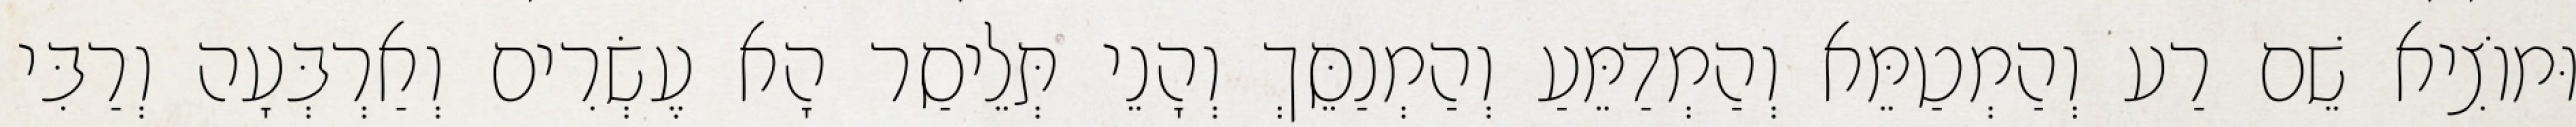
וּמוֹצִיא שֵׁם רַע וְהַמְטַמֵּא וְהַמְדַמֵּעַ וְהַמְנַסֵּךְ וְהָנֵי תְּלֵיסַר הָא עֶשְׂרִים וְאַרְבְּעָה וְרַבִּי